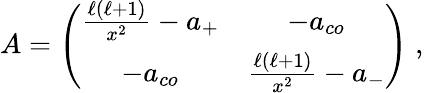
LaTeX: \begin{array}{r}{A=\left(\begin{array}{cc}{\frac{\ell(\ell+1)}{x^{2}}-a_{+}}&{-a_{co}}\\ {-a_{co}}&{\frac{\ell(\ell+1)}{x^{2}}-a_{-}}\end{array}\right)\; ,}\end{array}